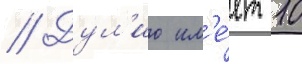
// Дул'ио им'е́ет 10